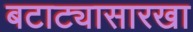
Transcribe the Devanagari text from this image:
बटाट्यासारखा